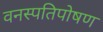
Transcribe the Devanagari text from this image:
वनस्पतिपोषण